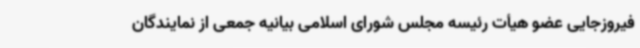
فیروزجایی عضو هیأت رئیسه مجلس شورای اسلامی بیانیه جمعی از نمایندگان